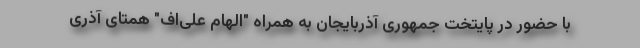
با حضور در پایتخت جمهوری آذربایجان به همراه "الهام علی‌اف" همتای آذری